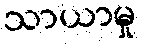
သာယာမှု